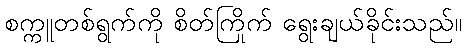
စက္ကူတစ်ရွက်ကို စိတ်ကြိုက် ရွေးချယ်ခိုင်းသည်။